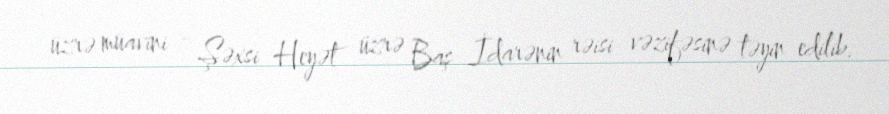
üzrə müavini - Şəxsi Heyət üzrə Baş İdarənin rəisi vəzifəsinə təyin edilib.